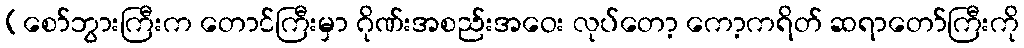
[စော်ဘွားကြီးက တောင်ကြီးမှာ ဂိုဏ်းအစည်းအဝေး လုပ်တော့ ကော့ကရိတ် ဆရာတော်ကြီးကို